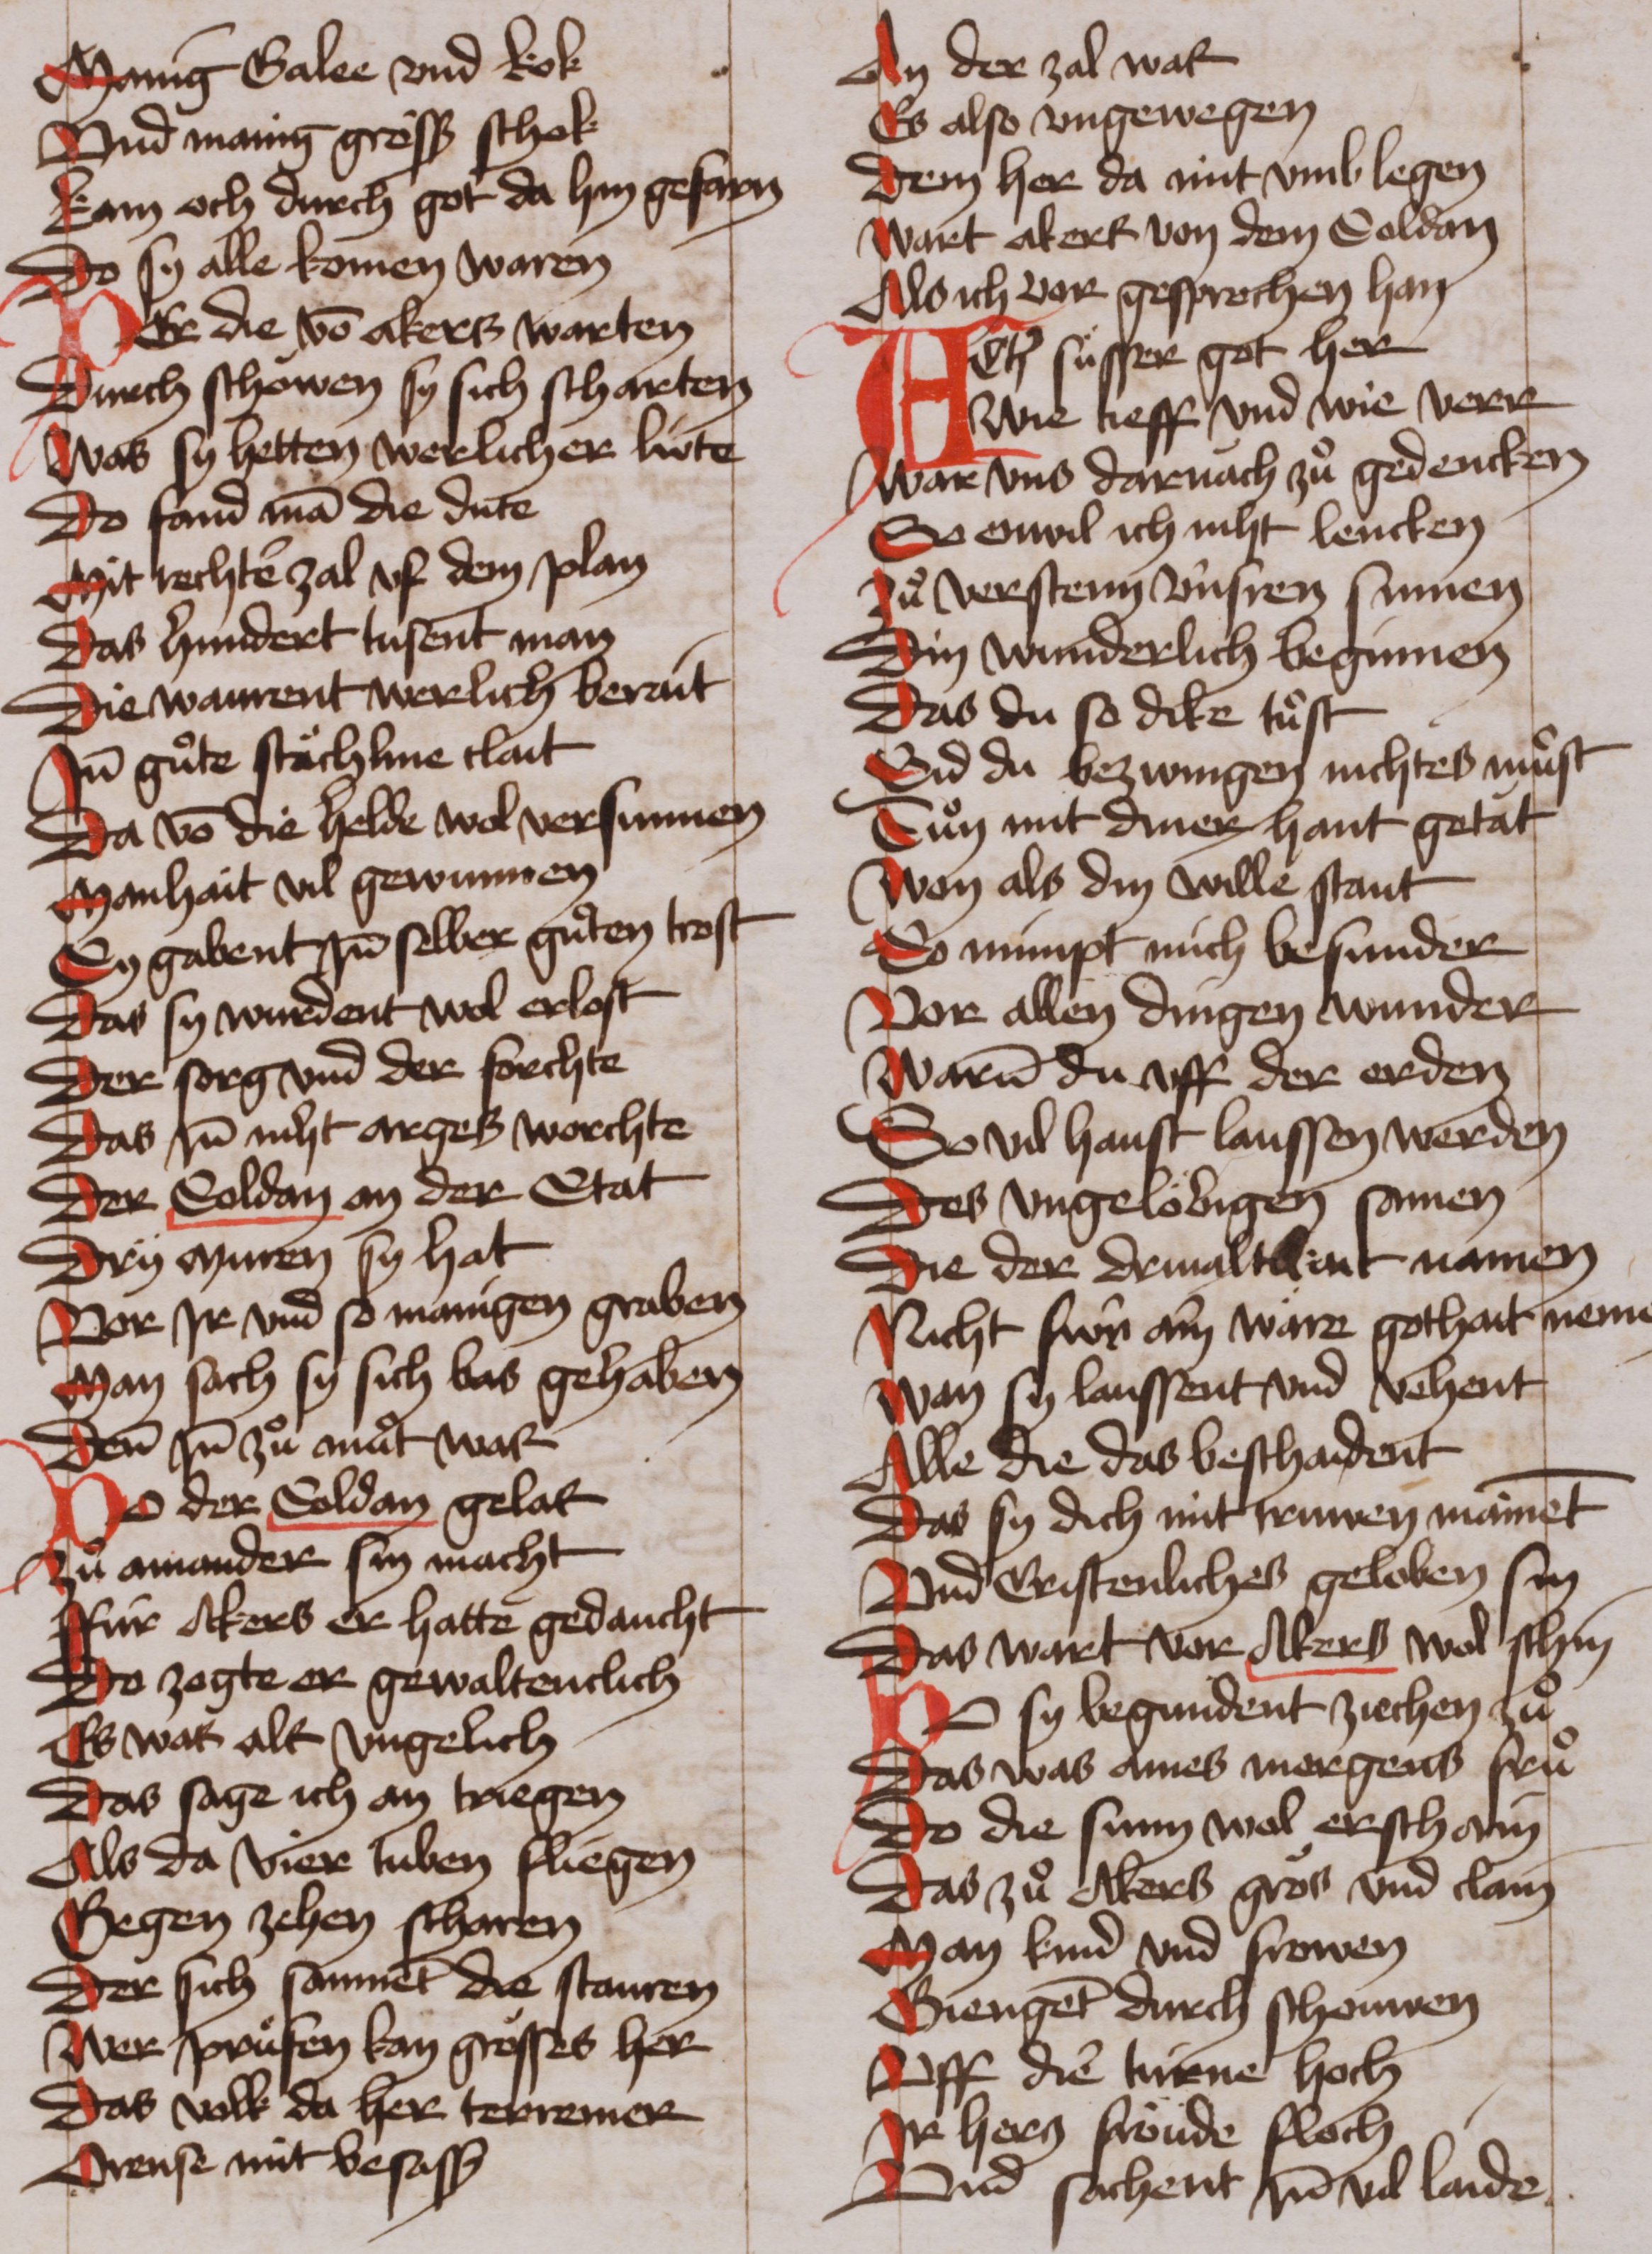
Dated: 1465–1465